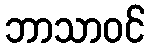
ဘာသာဝင်